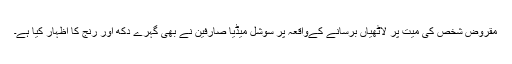
مقروض شخص کی میت پر لاٹھیاں برسانے کےواقعہ پر سوشل میڈیا صارفین نے بھی گہرے دکھ اور رنج کا اظہار کیا ہے۔